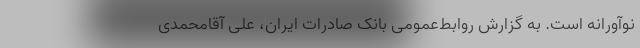
نوآورانه است. به گزارش روابط‌عمومی بانک صادرات ایران، علی آقامحمدی